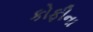
કોફીના